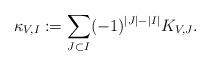
LaTeX: \begin{align*}\kappa_{V,I}:=\sum_{J\subset I}(-1)^{|J|-|I|}K_{V,J}.\end{align*}